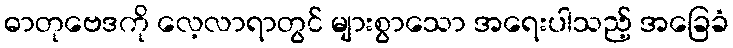
ဓာတုဗေဒကို လေ့လာရာတွင် များစွာသော အရေးပါသည့် အခြေခံ